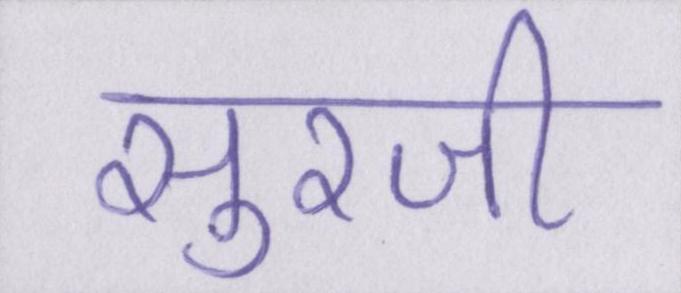
सुरजी